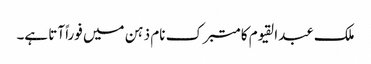
ملک عبدالقیوم کا متبرک نام ذہن میں فوراً آتا ہے۔